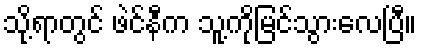
သို့ရာတွင် ဖဲင်နီက သူ့ကိုမြင်သွားလေပြီ။